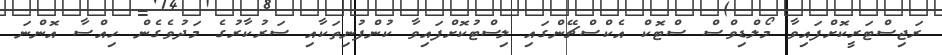
ރަޖިސްޓަރީކޮށްފައިވާ މޯލްޑިވްސް ސްޓޮކް އެކްސްޗޭންގައި ލިސްޓުކޮށްފައިވާ ކުންފުނިތަކާއި ސަރުކާރުގެ މަދުވެގެން ހިއްސާ އޮންނަ